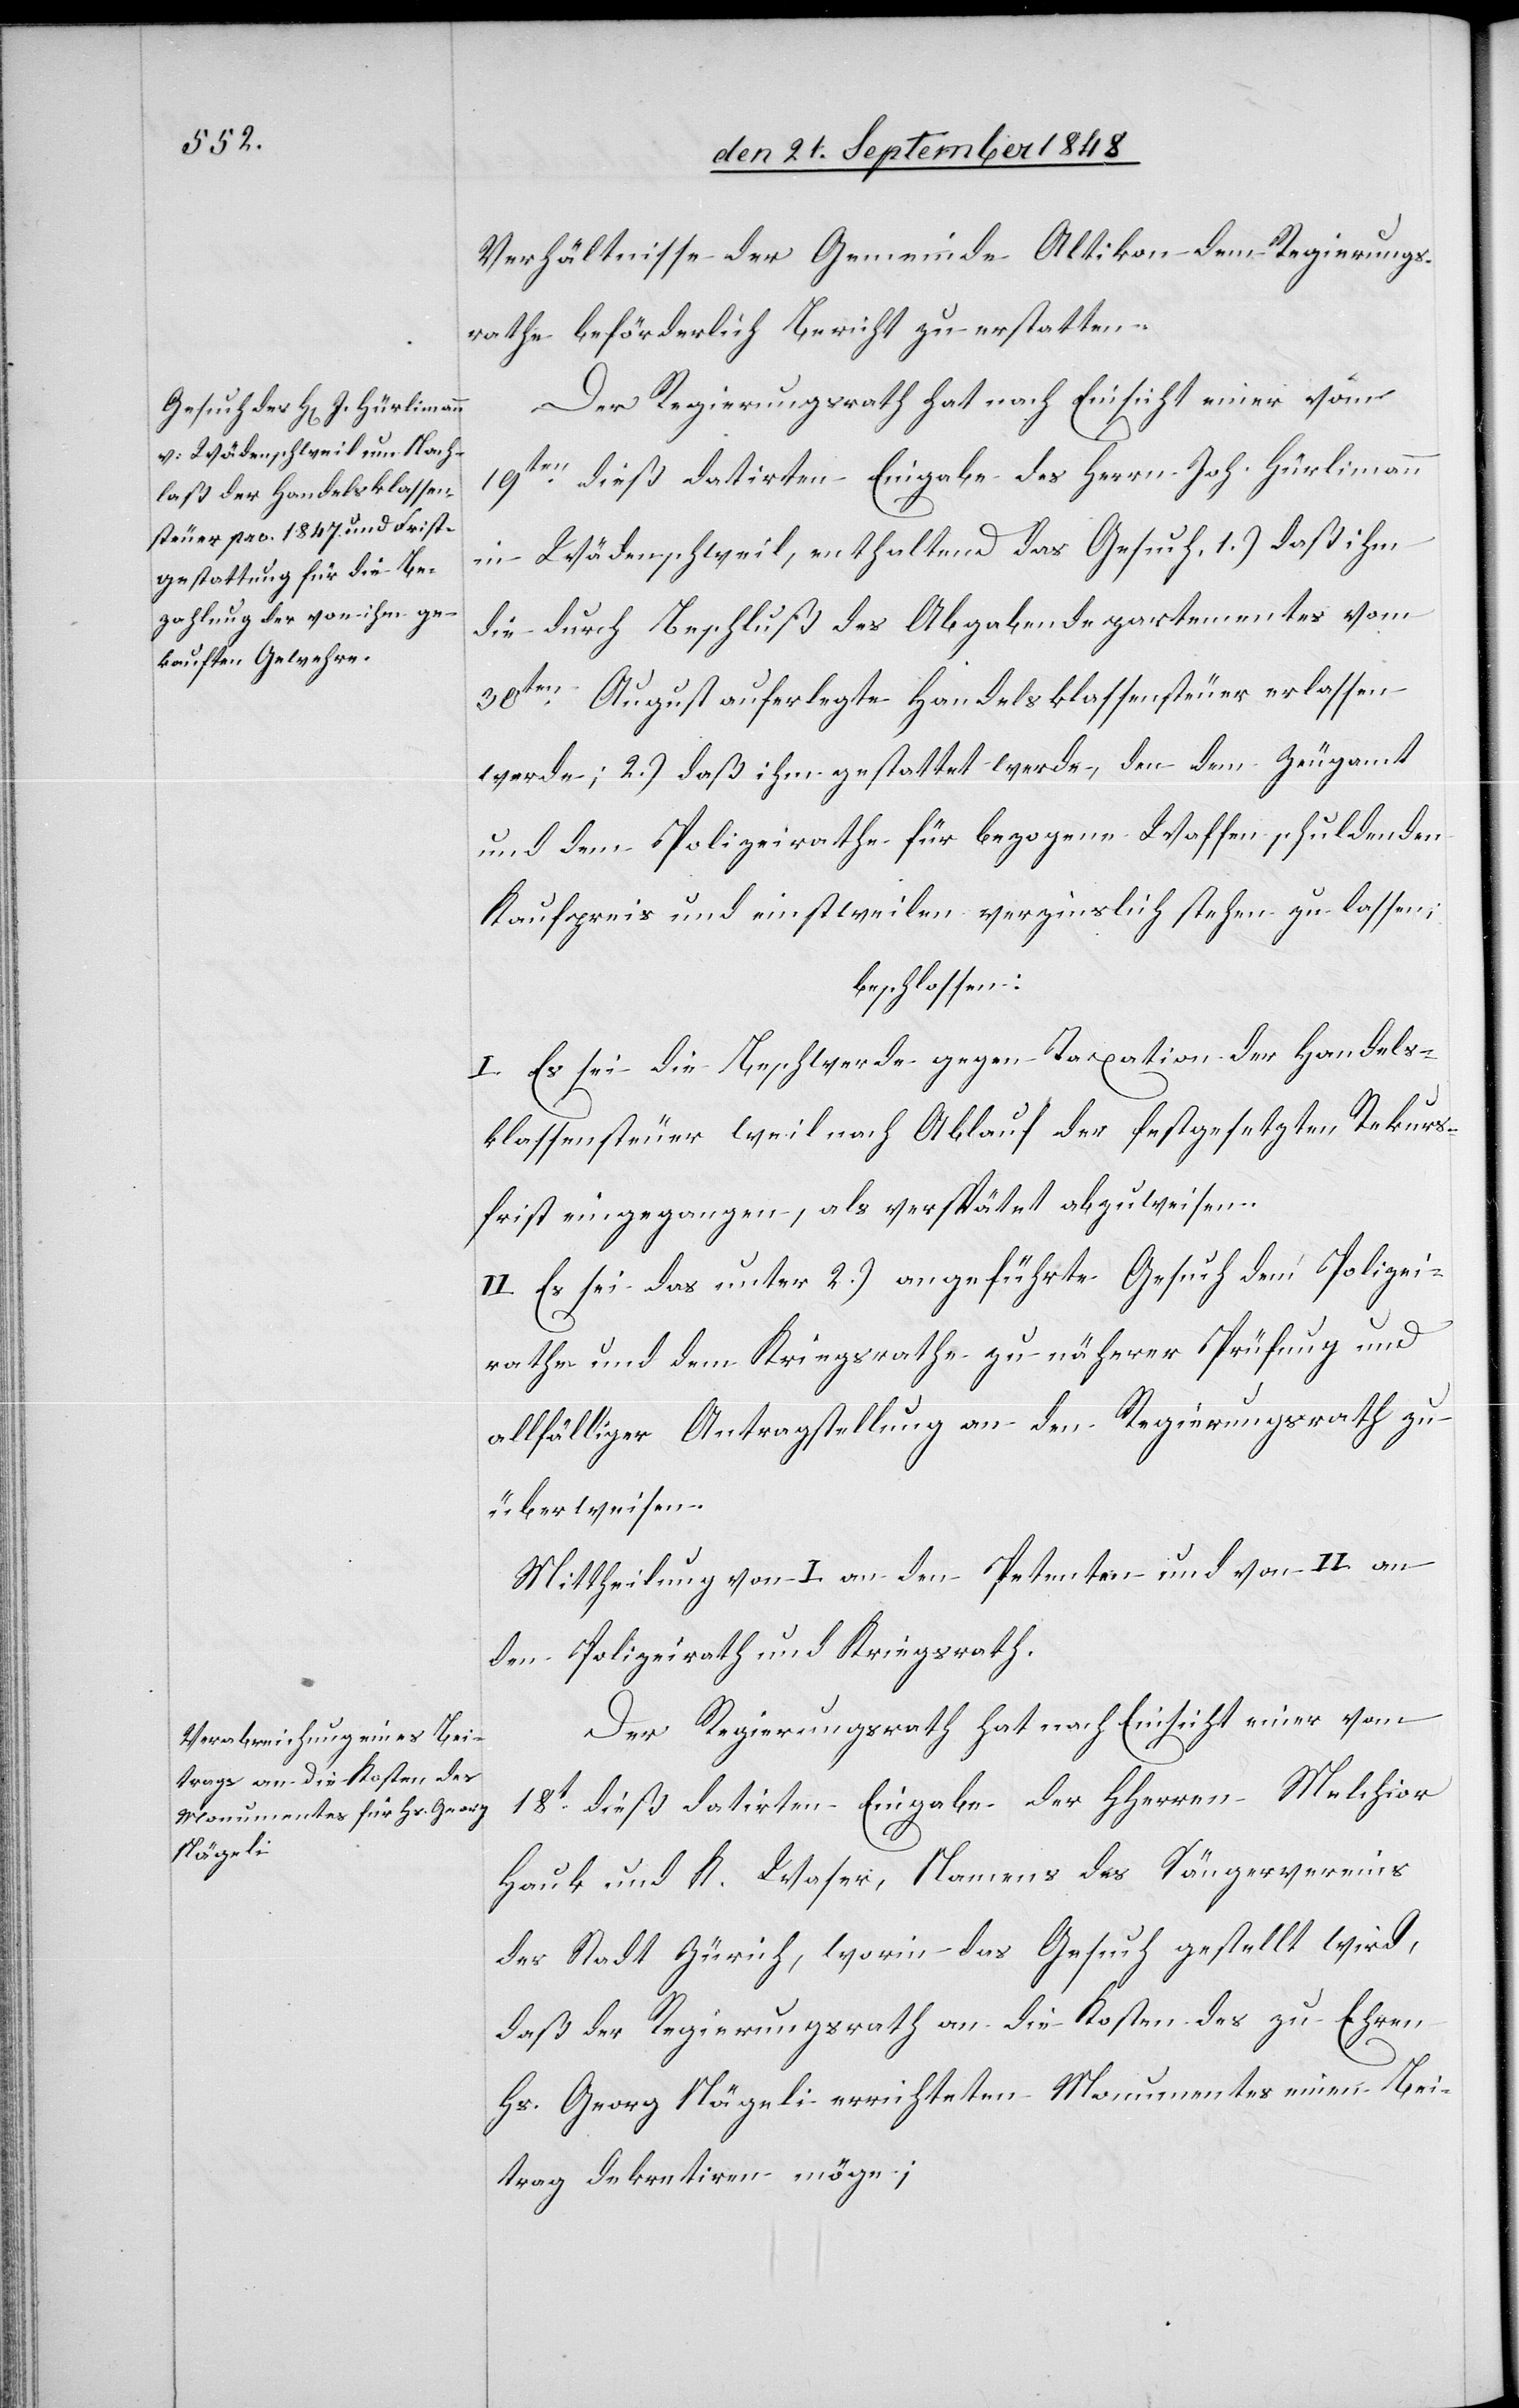
Verhältnisse der Gemeinde Altikon dem Regierungs¬
rathe beförderlich Bericht zu erstatten.
Der Regierungsrath hat nach Einsicht einer vom
19ten. dieß datirten Eingabe des Herrn Joh. Hürlimann
in Wädenschweil, enthaltend das Gesuch, 1.) daß ihm
die durch Beschluß des Abgabendepartementes vom
30ten. August auferlegte Handelsklassensteuer erlassen
werde; 2.) daß ihm gestattet werde, den dem Zeugamt
und dem Polizeirathe für bezogene Waffen schuldenden
Kaufpreis und einstweilen verzinslich stehen zu lassen;
beschlossen:
I. Es sei die Beschwerde gegen Taxation der Handels¬
klassensteuer weil nach Ablauf der festgesetzten Rekurs¬
frist eingegangen, als verspätet abzuweisen.
II. Es sei das unter 2.) angeführte Gesuch dem Polizei¬
rathe und dem Kriegsrathe zu näherer Prüfung und
allfälliger Antragstellung an den Regierungsrath zu
überweisen.
Mittheilung von I. an den Petenten und von II. an
den Polizeirath und Kriegsrath.
Der Regierungsrath hat nach Einsicht einer vom
18t dieß datirten Eingabe der HHerren Melchior
Haub und K. Waser, Namens des Sängervereins
der Stadt Zürich, worin das Gesuch gestellt wird,
daß der Regierungsrath an die Kosten des zu Ehren
Hs. Georg Nägeli errichteten Monumentes einen Bei¬
trag dekretiren möge;